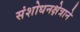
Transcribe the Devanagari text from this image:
संशोधनक्षेत्राने